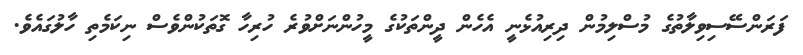
ފަރަންސޭސިވިލާތުގެ މުސްލިމުން ދިރިއުޅެނީ އެހެން ދީންތަކުގެ މީހުންނަށްވުރެ ހުރިހާ ގޮތަކުންވެސް ނިކަމެތި ހާލުގައެވެ.